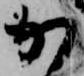
か